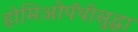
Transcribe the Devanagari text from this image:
होमिओपॅथीसुद्धा